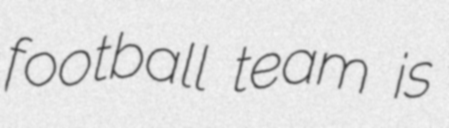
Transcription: football team is